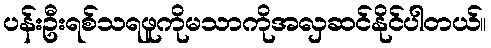
ပန်းဦးရစ်သရဖူကိုမသာကိုအလှဆင်နိုင်ပါတယ်။